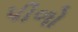
પીળો